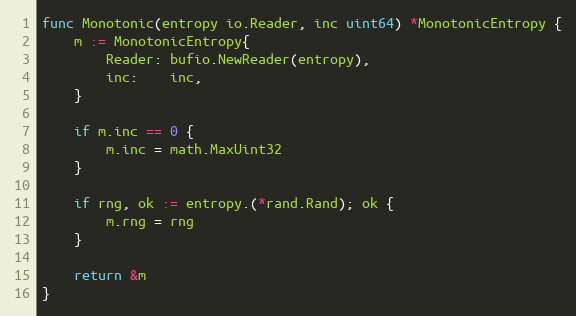
Language: Go
func Monotonic(entropy io.Reader, inc uint64) *MonotonicEntropy {
	m := MonotonicEntropy{
		Reader: bufio.NewReader(entropy),
		inc:    inc,
	}

	if m.inc == 0 {
		m.inc = math.MaxUint32
	}

	if rng, ok := entropy.(*rand.Rand); ok {
		m.rng = rng
	}

	return &m
}